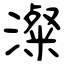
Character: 澯